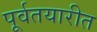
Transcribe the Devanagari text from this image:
पूर्वतयारीत